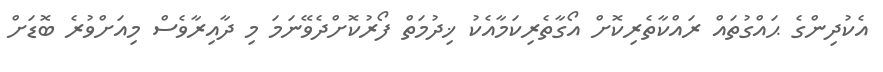
އެކުދިންގެ ޙައްގުތައް ރައްކާތެރިކޮށް އޯގާތެރިކަމާއެކު ޚިދުމަތް ފޯރުކޮށްދެވޭނަމަ މި ދާއިރާވެސް މިއަށްވުރެ ބޮޑަށް